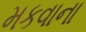
મકવાના